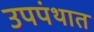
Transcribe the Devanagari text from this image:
उपपंथात